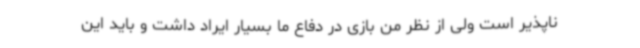
ناپذیر است ولی از نظر من بازی در دفاع ما بسیار ایراد داشت و باید این